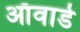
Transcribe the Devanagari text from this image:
ऑवार्ड